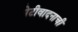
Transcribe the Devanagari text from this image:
पेटीवादनाची